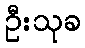
ဦးသုခ